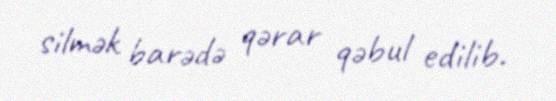
silmək barədə qərar qəbul edilib.